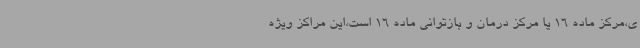
ی،مرکز ماده 16 یا مرکز درمان و بازتوانی ماده 16 است،این مراکز ویژه